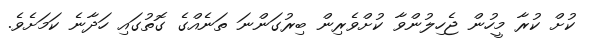
ކުށް ކުރާ މީހުން ޖެހިލުންވާ ކުށްވެރިން ބިރުގަންނަ ތަނެއްގެ ގޮތުގައި ހަދާނެ ކަމަށެވެ.